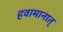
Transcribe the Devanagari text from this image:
हवामानात्